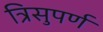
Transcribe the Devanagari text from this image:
त्रिसुपर्ण